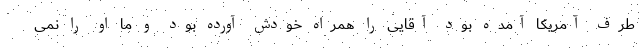
طرف آمریکا آمده بود آقایی را همراه خودش آورده بود و ما او را نمی‌